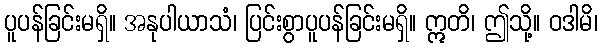
ပူပန်ခြင်းမရှိ။ အနုပါယာသံ၊ ပြင်းစွာပူပန်ခြင်းမရှိ။ ဣတိ၊ ဤသို့။ ဝဒါမိ၊